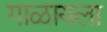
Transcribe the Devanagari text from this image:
गाळायला